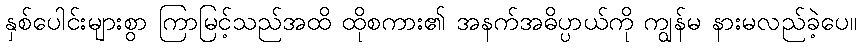
နှစ်ပေါင်းများစွာ ကြာမြင့်သည်အထိ ထိုစကား၏ အနက်အဓိပ္ပာယ်ကို ကျွန်မ နားမလည်ခဲ့ပေ။